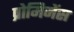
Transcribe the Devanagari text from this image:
प्रोमिनेंस